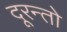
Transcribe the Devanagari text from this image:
दूरन्तो